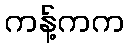
ကန့်ကက